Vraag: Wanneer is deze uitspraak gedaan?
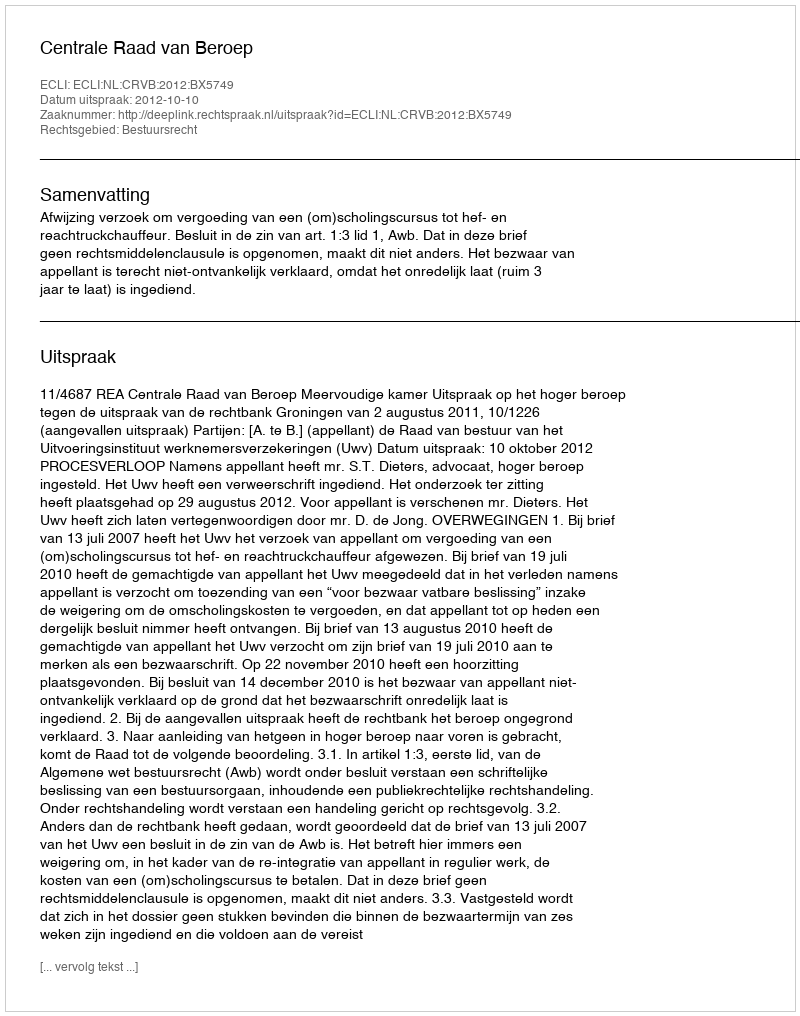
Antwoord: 2012-10-10